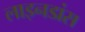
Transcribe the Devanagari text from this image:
लाइनडांस